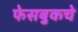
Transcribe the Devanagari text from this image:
फेसबुकचे